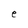
Character: e